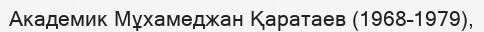
Академик Мұхамеджан Қаратаев (1968–1979),